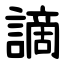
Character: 謫